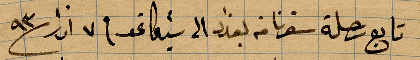
تابع رحلة سفرنا من بغداد الى شيكاغو في ٧ اذار ١٨٩٣